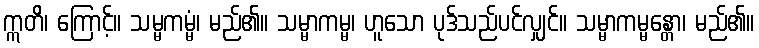
ဣတိ၊ ကြောင့်။ သမ္မကမ္မံ၊ မည်၏။ သမ္မာကမ္မ၊ ဟူသော ပုဒ်သည်ပင်လျှင်။ သမ္မာကမ္မန္တော၊ မည်၏။